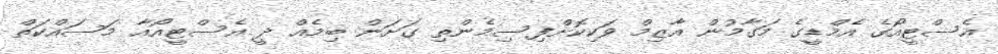
އެސްޓީއޯގެ އެމްޑީގެ މަގާމުން އާޒިމް ވަކިކޮށްފިސިމެންތި ގަށަން ބިމެއް ދީ އެސްޓީއޯއާ މަސައްކަތް